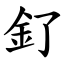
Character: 釕